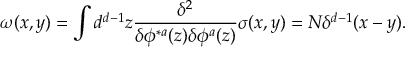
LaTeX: \omega ( x , y ) = \int d ^ { d - 1 } z { \frac { \delta ^ { 2 } } { \delta \phi ^ { * a } ( z ) \delta \phi ^ { a } ( z ) } } \sigma ( x , y ) = N \delta ^ { d - 1 } ( x - y ) .